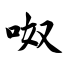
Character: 呶